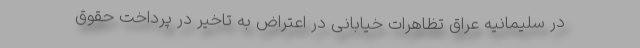
در سلیمانیه عراق تظاهرات خیابانی در اعتراض به تاخیر در پرداخت حقوق